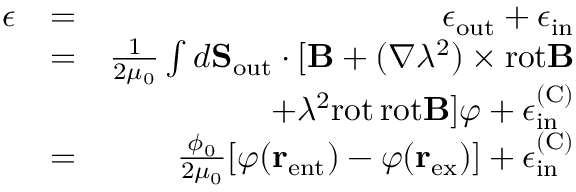
\begin{array} { r l r } { \epsilon } & { = } & { \epsilon _ { \mathrm { o u t } } + \epsilon _ { \mathrm { i n } } } \\ & { = } & { \frac { 1 } { 2 \mu _ { 0 } } \int d { \bf S } _ { \mathrm { o u t } } \cdot [ { \bf B } + ( \nabla \lambda ^ { 2 } ) \times \mathrm { r o t } { \bf B } } \\ & { } & { + \lambda ^ { 2 } \mathrm { r o t } \, \mathrm { r o t } { \bf B } ] \varphi + \epsilon _ { \mathrm { i n } } ^ { \mathrm { ( C ) } } } \\ & { = } & { \frac { \phi _ { 0 } } { 2 \mu _ { 0 } } [ \varphi ( { \bf r } _ { \mathrm { e n t } } ) - \varphi ( { \bf r } _ { \mathrm { e x } } ) ] + \epsilon _ { \mathrm { i n } } ^ { \mathrm { ( C ) } } } \end{array}